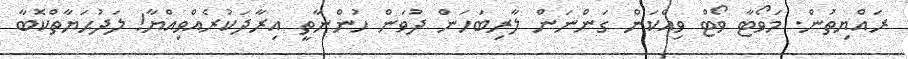
ރައްޔިތުން. މަވޯޓާ ވޯޓް ވިއްކަން ގަންނަން ލާރިބަހަން ދުވަން ހުންނާތީ އިރާދަކުރެއްވިއްޔާ! ލަދުޙަޔާތްކޮބާ